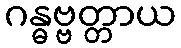
ဂန္ဓဗ္ဗတ္တာယ